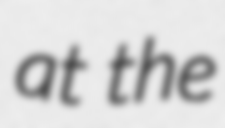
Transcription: at the